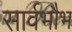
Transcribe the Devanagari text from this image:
सार्वभौभ